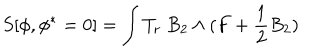
LaTeX: S [ \phi , \phi ^ { * } = 0 ] = \int T _ { r } \ B _ { 2 } \wedge ( F + \frac 1 2 B _ { 2 } )